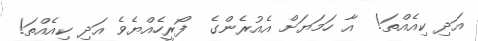
އަދި ކިއެއްތަ!  އާ ހަމަޔަށް އެއުރެންގެ  ފޯރީހެއްޔެވެ އަދި ކިއެއްތަ!